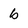
Character: b